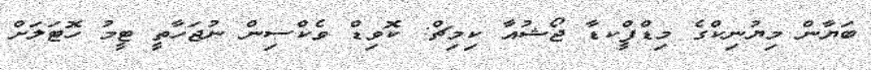
ބަޔާން މިޔުނިކްގެ މިޑްފީްކޑާ ޖޯޝުއާ ކިމިޗް: ކޮވިޑް ވެކްސިން ނުޖަހާތީ ޓީމު ހޮޓަލަށް